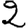
Digit: 2